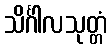
သိင်္ဂါလသုတ္တံ